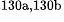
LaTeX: ^\textrm{\scriptsize 130a,130b}